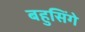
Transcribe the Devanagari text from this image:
बहुसिंगे